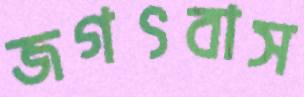
জগৎবাস